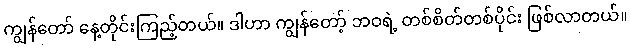
ကျွန်တော် နေ့တိုင်းကြည့်တယ်။ ဒါဟာ ကျွန်တော့် ဘဝရဲ့ တစ်စိတ်တစ်ပိုင်း ဖြစ်လာတယ်။